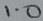
Text: 1.0